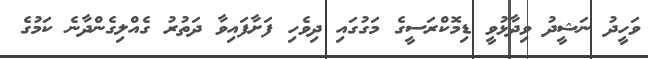
ވަހީދު ނަޝީދު ވިދާޅުވީ ޑިމޮކްރަސީގެ މަގުގައި ދިވެހި ފަށާފައިވާ ދަތުރު ގެއްލިގެންދާނެ ކަމުގެ